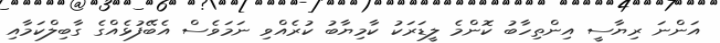
އަންނަ ރިޔާސީ އިންތިހާބު ކޮންމެ ލީޑަރަކު ކާމިޔާބު ކުރެއްވި ނަމަވެސް އެބޭފުޅެއްގެ ގާބިލްކަމާއި